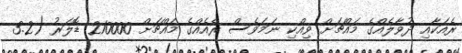
ރެއަކާއި ދުވާލެއްގެ މައްޗަށް ވިއްކި ނަމަވެސް ރެއެއްގެ މައްޗަށް 210000 ޑޮލަރު (3.2